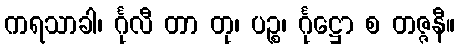
ကရသာခါ၊ င်္ဂုလီ တာ တု၊ ပဉ္စ၊ င်္ဂုဋ္ဌော စ တဇ္ဇနီ။